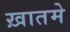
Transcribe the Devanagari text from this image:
ख़ातमे